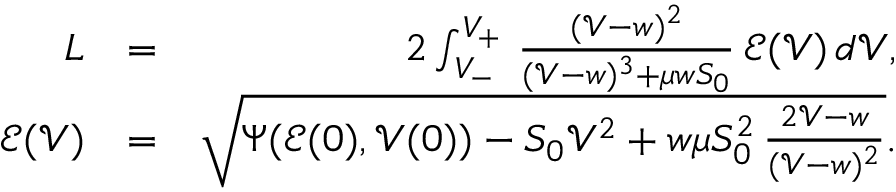
\begin{array} { r l r } { L } & { = } & { 2 \int _ { V _ { - } } ^ { V _ { + } } \, \frac { ( { \mathcal V } - w ) ^ { 2 } } { ( { \mathcal V } - w ) ^ { 3 } + \mu w S _ { 0 } } \, { \mathcal E } ( { \mathcal V } ) \, d { \mathcal V } , } \\ { { \mathcal E } ( { \mathcal V } ) } & { = } & { \sqrt { \Psi ( { \mathcal E } ( 0 ) , { \mathcal V } ( 0 ) ) - S _ { 0 } { \mathcal V } ^ { 2 } + { w \mu S _ { 0 } ^ { 2 } } \, \frac { 2 { \mathcal V } - w } { ( { \mathcal V } - w ) ^ { 2 } } } . } \end{array}